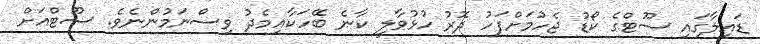
ޑައިލާގައި ސޫޓްގެ ކޯޑު ޖެހުމަށްފަހު ދޮރު ހުޅުވާލީ ކާނެ ބޭހަކާއިމެދު ވިސްނަމުންނެވެ. ސޫޓްއަށް